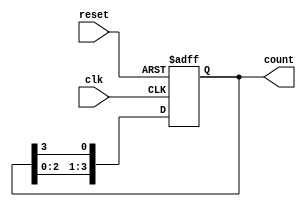
module ring_counter #(
    parameter N = 4  // Number of memory blocks (states)
)(
    input wire clk,   // Clock signal
    input wire reset, // Reset signal
    output reg [N-1:0] count // Output representing the state of the ring counter
);

// Internal signal to hold the next state
reg [N-1:0] next_count;

// Sequential logic for state transition
always @(posedge clk or posedge reset) begin
    if (reset) begin
        count <= 1'b1; // Initialize the first memory block to '1'
    end else begin
        count <= next_count; // Update the count based on next state logic
    end
end

// Combinational logic to determine the next state
always @(*) begin
    // Shift the '1' to the next memory block in circular fashion
    next_count = {count[N-2:0], count[N-1]}; // Shift left
    next_count[0] = count[N-1]; // Wrap around
end

endmodule